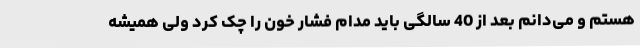
هستم و می‌دانم بعد از 40 سالگی باید مدام فشار خون را چک کرد ولی همیشه